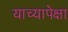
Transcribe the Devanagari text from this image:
याच्यापेक्षा